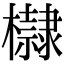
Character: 𣟌